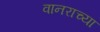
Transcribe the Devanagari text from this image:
वानराच्या